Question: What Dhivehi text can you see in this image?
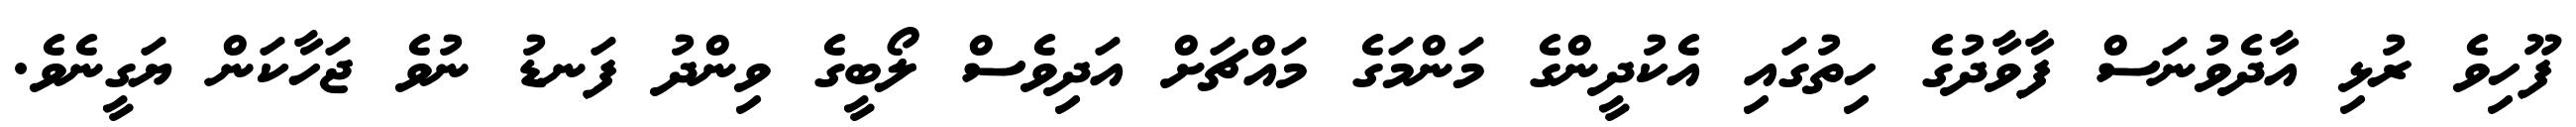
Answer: ފޫހިވެ ރުޅި އާދެވުނަސް ފާވާދުގެ ހިތުގައި އެކުދީންގެ މަންމަގެ މައްޗަށް އަދިވެސް ލޯބީގެ ވިންދު ފަނޑު ނުވެ ޖަހާކަން ޔަގީނެވެ.